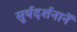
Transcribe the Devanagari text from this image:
सूर्यदर्शनानें